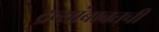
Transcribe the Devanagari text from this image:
द्रव्यांबाबतची